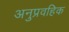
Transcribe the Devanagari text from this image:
अनुप्रवहिक